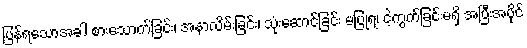
ပြန်ရသောအခါ စားသောက်ခြင်း၊ အနာလိမ်းခြင်း၊ သုံးဆောင်ခြင်း မပြုရ၊ ငဲ့ကွက်ခြင်းမရှိ အပြီးအပိုင်